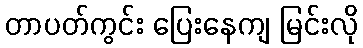
တာပတ်ကွင်း ပြေးနေကျ မြင်းလို